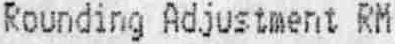
ROUNDING ADJUSTMENT RM